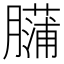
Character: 𰯡